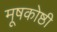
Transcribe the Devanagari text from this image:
मूषकोष्ठी